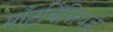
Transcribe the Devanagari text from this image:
माँटबिलियर्ड